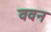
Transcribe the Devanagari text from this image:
ववन